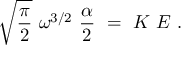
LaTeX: \sqrt { \frac { \pi } { 2 } } ~ \omega ^ { 3 / 2 } ~ \frac { \alpha } { 2 } ~ = ~ K ~ E ~ .